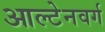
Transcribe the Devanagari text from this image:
आल्टेनवर्ग